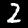
Label: 2